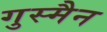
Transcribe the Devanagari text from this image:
गुस्मैन